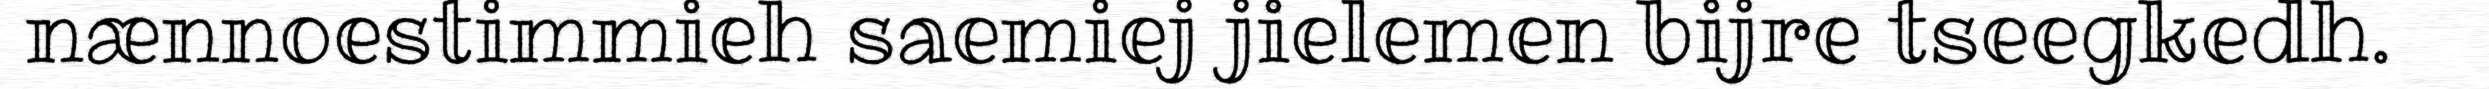
nænnoestimmieh saemiej jielemen bijre tseegkedh.